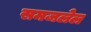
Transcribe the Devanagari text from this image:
समजलेल